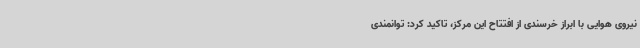
نیروی هوایی با ابراز خرسندی از افتتاح این مرکز، تاکید کرد: توانمندی